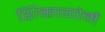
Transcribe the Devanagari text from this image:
शिकागोमें